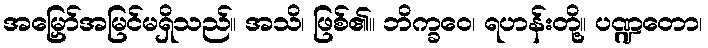
အမြှော်အမြင်မရှိသည်။ အသိ၊ ဖြစ်၏။ ဘိက္ခဝေ၊ ရဟန်းတို့။ ပဏ္ဍတော၊